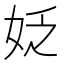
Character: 姂